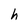
Character: h